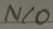
Text: N/O